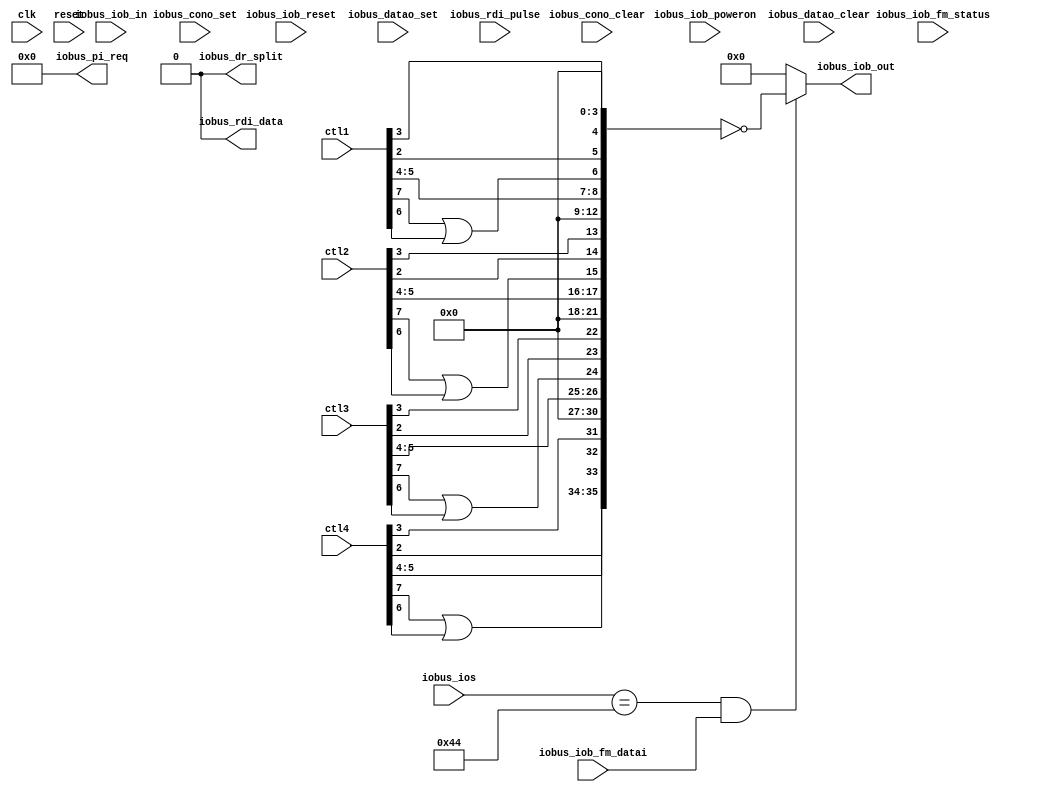
module wcsl420(
	input wire clk,
	input wire reset,

	/* IO bus */
	input  wire iobus_iob_poweron,
	input  wire iobus_iob_reset,
	input  wire iobus_datao_clear,
	input  wire iobus_datao_set,
	input  wire iobus_cono_clear,
	input  wire iobus_cono_set,
	input  wire iobus_iob_fm_datai,
	input  wire iobus_iob_fm_status,
	input  wire iobus_rdi_pulse,	// unused on 6
	input  wire [3:9]  iobus_ios,
	input  wire [0:35] iobus_iob_in,
	output wire [1:7]  iobus_pi_req,
	output wire [0:35] iobus_iob_out,
	output wire iobus_dr_split,
	output wire iobus_rdi_data,	// unused on 6

	/* Externals */
	input wire [0:17] ctl1,
	input wire [0:17] ctl2,
	input wire [0:17] ctl3,
	input wire [0:17] ctl4
);
	assign iobus_dr_split = 0;
	assign iobus_rdi_data = 0;
	assign iobus_pi_req = 0;

	wire wcnsls_sel = iobus_ios == 7'b100_010_0;
	wire wcnsls_datai = wcnsls_sel & iobus_iob_fm_datai;

	wire [0:8] ctl1n = {
		ctl1[12], ctl1[13], ctl1[10]|ctl1[11],
		ctl1[15], ctl1[14], 1'b0,
		3'b0
	};
	wire [0:8] ctl2n = {
		ctl2[12], ctl2[13], ctl2[10]|ctl2[11],
		ctl2[15], ctl2[14], 1'b0,
		3'b0
	};
	wire [0:8] ctl3n = {
		ctl3[12], ctl3[13], ctl3[10]|ctl3[11],
		ctl3[15], ctl3[14], 1'b0,
		3'b0
	};
	wire [0:8] ctl4n = {
		ctl4[12], ctl4[13], ctl4[10]|ctl4[11],
		ctl4[15], ctl4[14], 1'b0,
		3'b0
	};

	assign iobus_iob_out =
		wcnsls_datai ? ~{ ctl4n, ctl3n, ctl2n, ctl1n } :
		36'b0;
endmodule